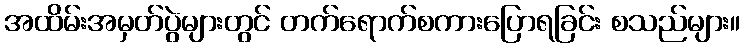
အထိမ်းအမှတ်ပွဲများတွင် တက်ရောက်စကားပြောရခြင်း စသည်များ။